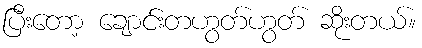
ပြီးတော့ ချောင်းတဟွတ်ဟွတ် ဆိုးတယ်။